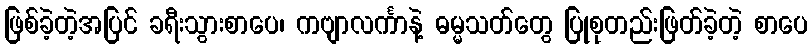
ဖြစ်ခဲ့တဲ့အပြင် ခရီးသွားစာပေ၊ ကဗျာလင်္ကာနဲ့ ဓမ္မသတ်တွေ ပြုစုတည်းဖြတ်ခဲ့တဲ့ စာပေ